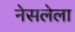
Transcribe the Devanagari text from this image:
नेसलेला